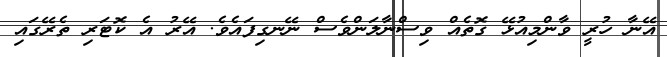
އޭނާ ހުރީ ވާންމިއުޅޭ ގޮތެއް ވިސްނާލަންވެސް ނޭނގިފައެވެ. އޭރު އެ ކޮޓަރި ތެރޭގައި